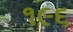
૧૯૬